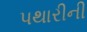
પથારીની